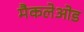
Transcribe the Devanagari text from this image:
मैकलेओड